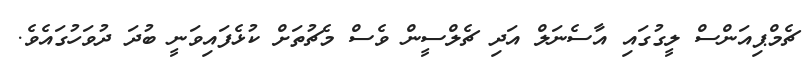
ޗެމްޕިއަންސް ލީގުގައި އާސެނަލް އަދި ޗެލްސީން ވެސް މެޗުތަށް ކުޅެފައިވަނީ ބުދަ ދުވަހުގައެވެ.